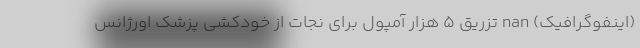
(اینفوگرافیک) nan تزریق ۵ هزار آمپول برای نجات از خودکشی پزشک اورژانس